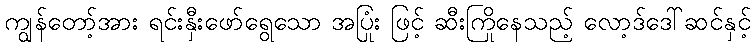
ကျွန်တော့်အား ရင်းနှီးဖော်ရွေသော အပြုံး ဖြင့် ဆီးကြိုနေသည့် လော့ဒ်ဒေါ်ဆင်နှင့်